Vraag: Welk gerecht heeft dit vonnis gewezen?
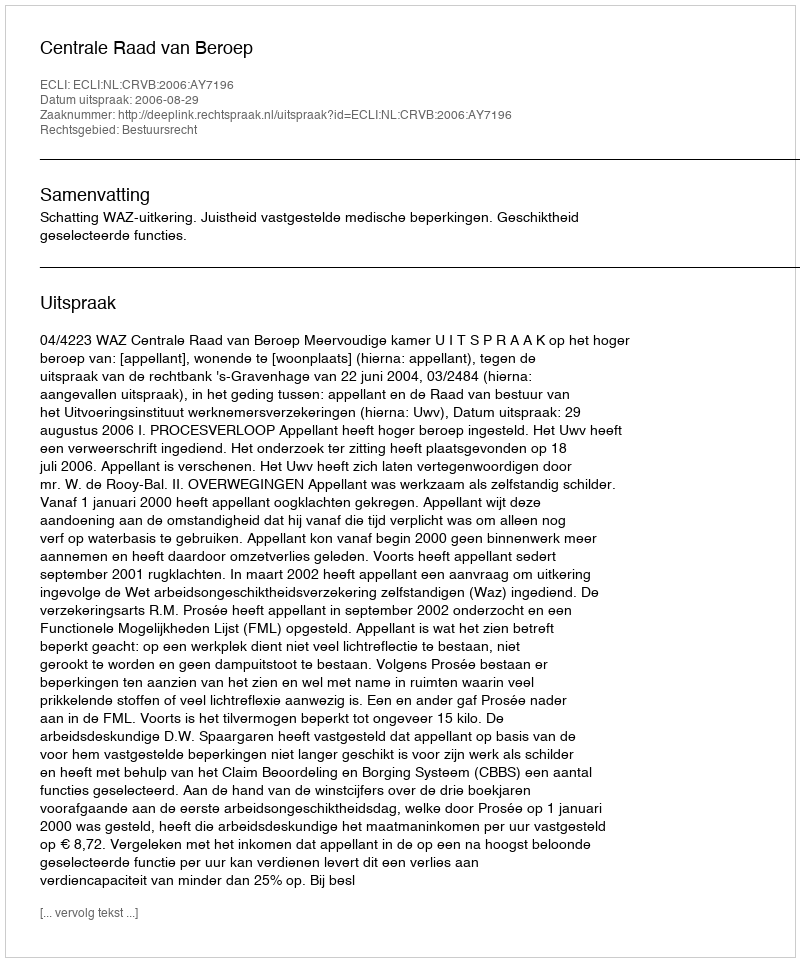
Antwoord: Centrale Raad van Beroep